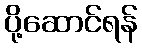
ပို့ဆောင်ရန်